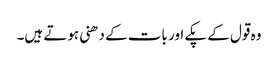
وہ قول کے پکے اور بات کے دھنی ہوتے ہیں۔